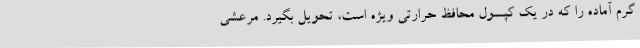
گرم آماده را که در یک کپسول محافظ حرارتی ویژه است، تحویل بگیرد. مرعشی